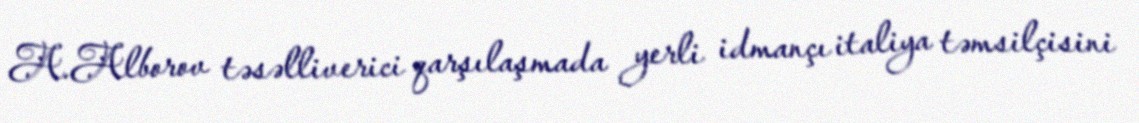
A.Alborov təsəlliverici qarşılaşmada yerli idmançı italiya təmsilçisini